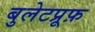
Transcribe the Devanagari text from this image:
बुलेटप्रूफ़